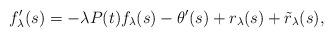
LaTeX: \begin{align*}f_{\lambda}'(s) = - \lambda P(t) f_{\lambda}(s) - \theta'(s) + r_{\lambda}(s) + \tilde{r}_{\lambda}(s), \end{align*}